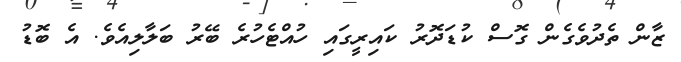
ޒާން ތެދުވެގެން ގޮސް ކުޑަދޮރު ކައިރީގައި ހުއްޓެހުރެ ބޭރު ބަލާލިއެވެ. އެ ބޮޑު